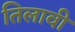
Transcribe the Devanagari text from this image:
तिलावी